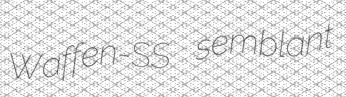
Waffen-SS semblant